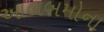
આલબમોના